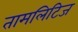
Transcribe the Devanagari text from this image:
तामलिटिज